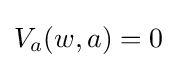
V_{a}(w,a)=0